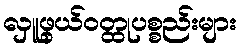
လှူဖွယ်ဝတ္ထုပစ္စည်းများ